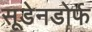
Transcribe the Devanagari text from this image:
सूडेनडोर्फ